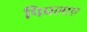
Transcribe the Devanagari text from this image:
पिघलाए